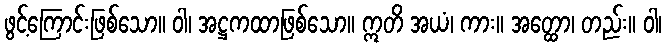
ဖွင့်ကြောင်းဖြစ်သော။ ဝါ၊ အဋ္ဌကထာဖြစ်သော။ ဣတိ အယံ၊ ကား။ အတ္ထော၊ တည်း။ ဝါ၊